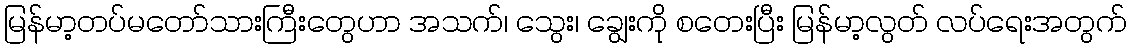
မြန်မာ့တပ်မတော်သားကြီးတွေဟာ အသက်၊ သွေး၊ ချွေးကို စတေးပြီး မြန်မာ့လွတ် လပ်ရေးအတွက်